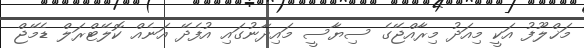
މަޚްލޫފު އަކީ މިއަދު މިރާއްޖޭގެ ސިޔާސީ މައިދާނުގައި އުފެދޭ އަނެއް ކޮލޭޓްރަލް ޑެމޭޖް